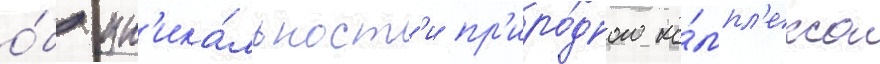
о́б ун'ика́льност'и пр'иро́дного ко́мпл'екса